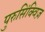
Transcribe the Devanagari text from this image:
पुरुसिंक्विज़